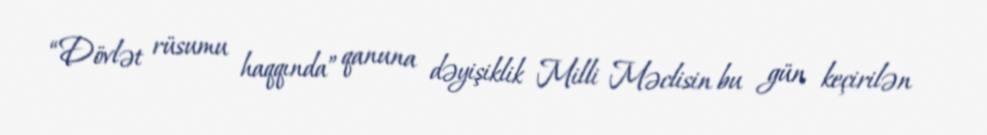
“Dövlət rüsumu haqqında” qanuna dəyişiklik Milli Məclisin bu gün keçirilən